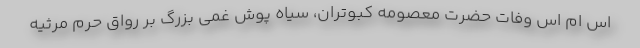
اس ام اس وفات حضرت معصومه کبوتران، سیاه پوش غمی بزرگ بر رواق حرم مرثیه